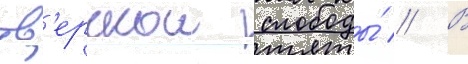
тв'ерскои слободы́ // В